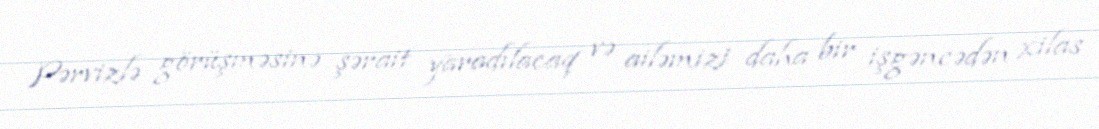
Pərvizlə görüşməsinə şərait yaradılacaq və ailəmizi daha bir işgəncədən xilas